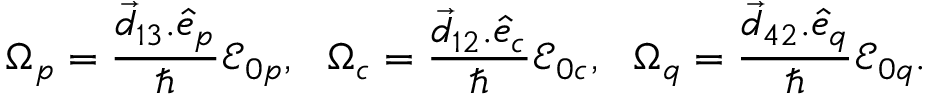
\Omega _ { p } = \frac { \vec { d } _ { 1 3 } . \hat { e } _ { p } } { \hbar } \mathcal E _ { 0 p } , ~ ~ \Omega _ { c } = \frac { \vec { d } _ { 1 2 } . \hat { e } _ { c } } { \hbar } \mathcal E _ { 0 c } , ~ ~ \Omega _ { q } = \frac { \vec { d } _ { 4 2 } . \hat { e } _ { q } } { \hbar } \mathcal E _ { 0 q } .